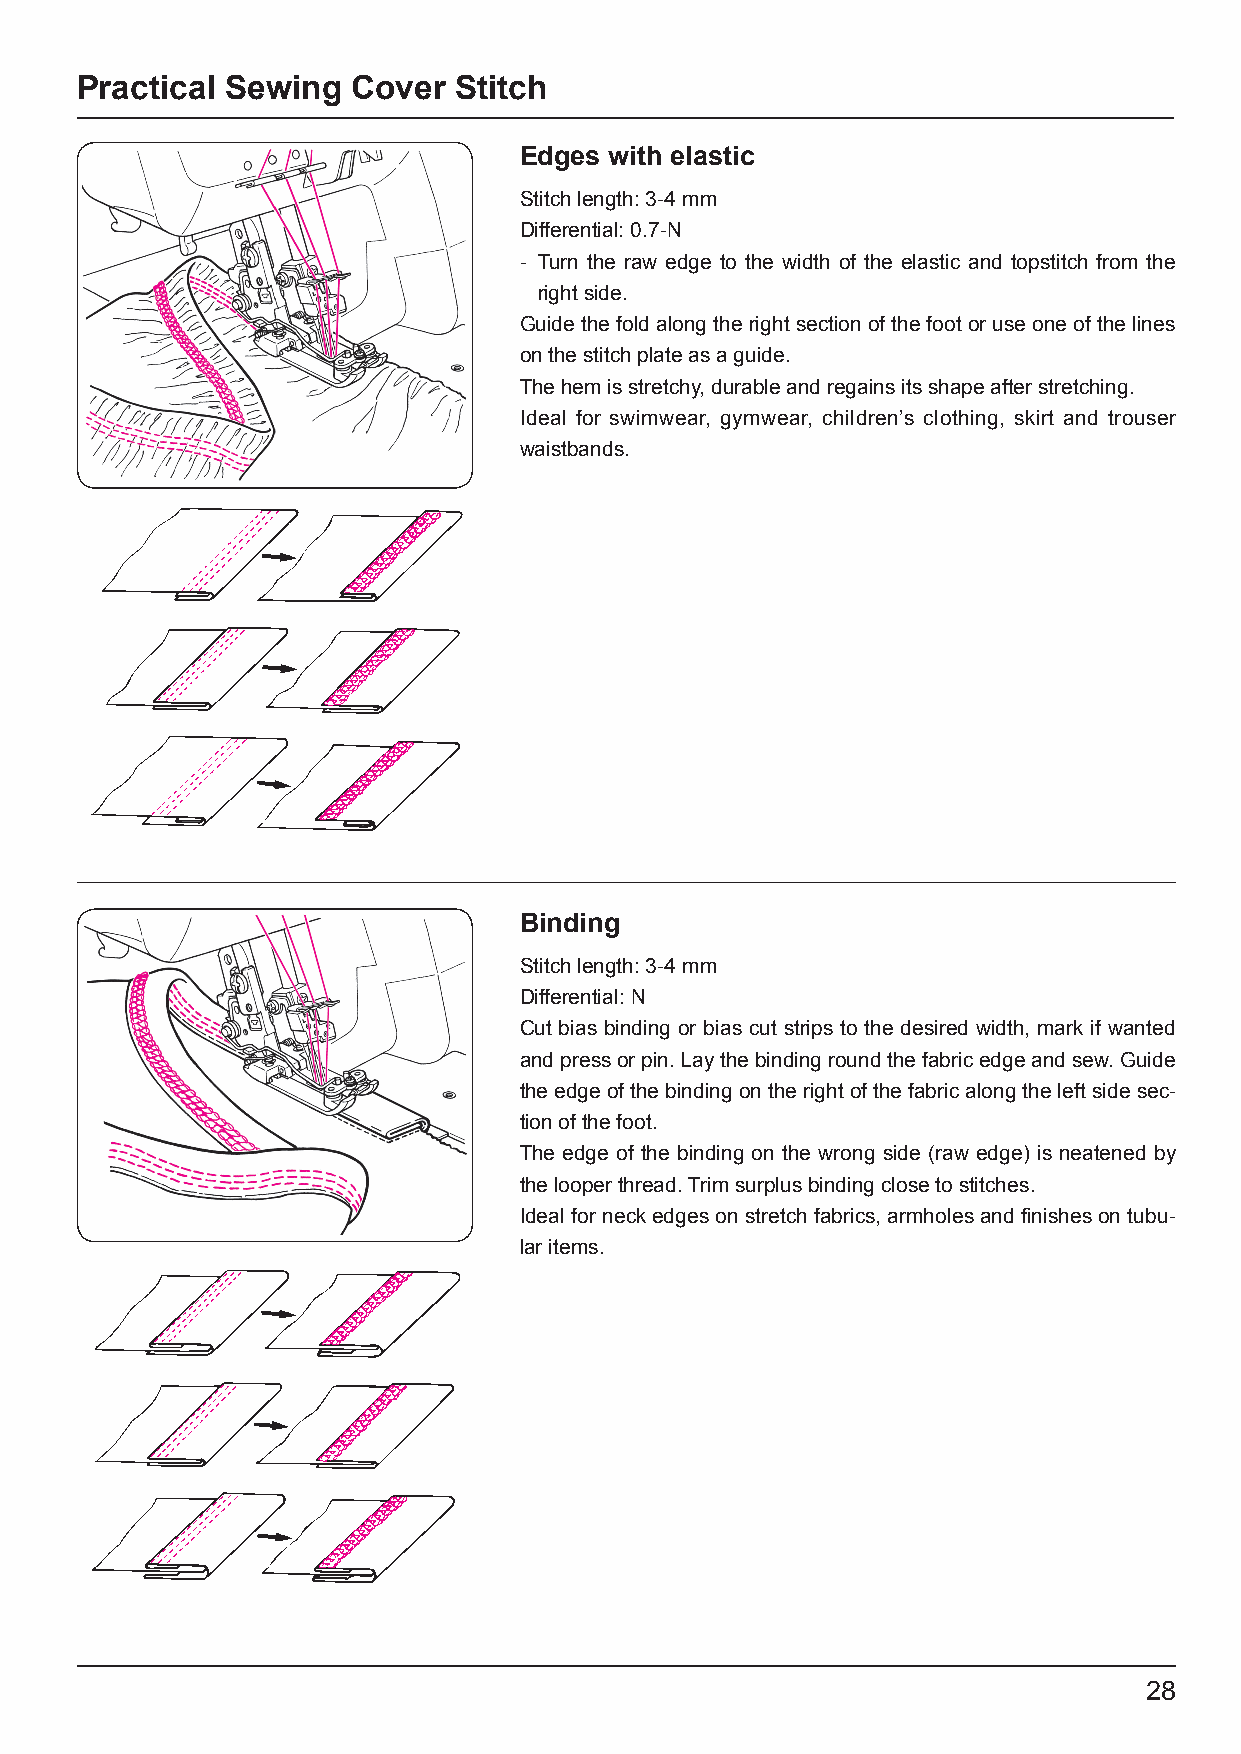
Practical Sewing  Cover  Stitch
 Edges with elastic
 Stitch length: 3-4 mm
 Differential: 0.7-N
 - Turn the raw edge to the width of the elastic and topstitch from the
 right side.
 Guide the fold along the right section of the foot or use one of the lines
 on the stitch plate as a guide.
 The hem is stretchy, durable and regains its shape after stretching.
 Ideal for swimwear, gymwear, children’s clothing, skirt and trouser
 waistbands.
 Binding
 Stitch length: 3-4 mm
 Differential: N
 Cut bias binding or bias cut strips to the desired width, mark if wanted
 and press or pin. Lay the binding round the fabric edge and sew. Guide
 the edge of the binding on the right of the fabric along the left side sec-
 tion of the foot.
 The edge of the binding on the wrong side (raw edge) is neatened by
 the looper thread. Trim surplus binding close to stitches.
 Ideal for neck edges on stretch fabrics, armholes and finishes on tubu-
 lar items.
 28